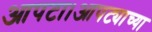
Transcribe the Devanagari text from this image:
आपटा।आपट्याच्या